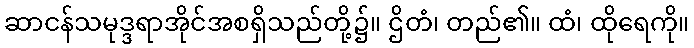
ဆာငန်သမုဒ္ဒရာအိုင်အစရှိသည်တို့၌။ ဌိတံ၊ တည်၏။ ထံ၊ ထိုရေကို။